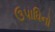
ઉપાધિનો